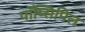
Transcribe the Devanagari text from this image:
पॉप्सिपिल